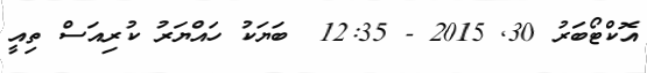
އޮކްޓޯބަރު 30